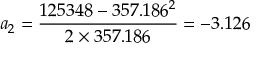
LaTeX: a _ { 2 } = { \frac { 1 2 5 3 4 8 - 3 5 7 . 1 8 6 ^ { 2 } } { 2 \times 3 5 7 . 1 8 6 } } = - 3 . 1 2 6